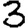
Digit: 3